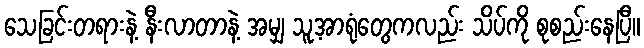
သေခြင်းတရားနဲ့ နီးလာတာနဲ့ အမျှ သူ့အာရုံတွေကလည်း သိပ်ကို စုစည်းနေပြီ။